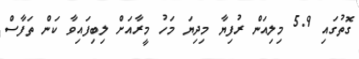
ގޮތުގައި 5.9 މިލިއަން ރުފިޔާ މިދިޔަ މަހު މީރާއަށް ލިބިފައިވާ ކަން ތަފާސް